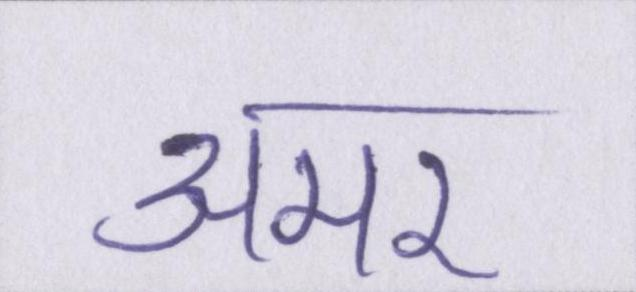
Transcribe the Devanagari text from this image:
अमर